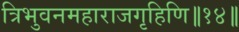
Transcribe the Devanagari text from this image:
त्रिभुवनमहाराजगृहिणि॥१४॥